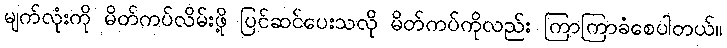
မျက်လုံးကို မိတ်ကပ်လိမ်းဖို့ ပြင်ဆင်ပေးသလို မိတ်ကပ်ကိုလည်း ကြာကြာခံစေပါတယ်။